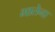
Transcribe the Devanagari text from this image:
भातेना